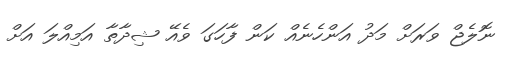
ނޮލެޖް ވަރަށް މަދު އަންހެނެއް ކަން ފާހަގަ ވެއޭ ޝިދާތާ އަމިއްލަ އަށް